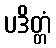
ပဒိတ္တံ